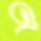
এ